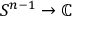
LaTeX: S ^ { n - 1 } \to \mathbb { C }